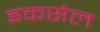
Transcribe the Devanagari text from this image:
इकसेल